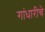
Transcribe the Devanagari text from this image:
गांधारीचे